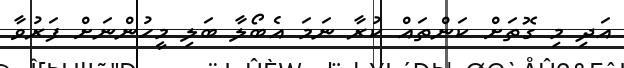
އަދި މި ގޮތަށް ކަންތައް ކުރާ ނަމަ އެބޯލާ ބަލި މީހުންނަށް ފަރުވާ